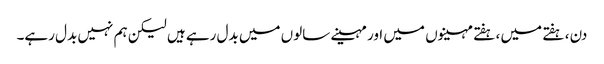
دن ، ہفتے میں ، ہفتے مہینوں میں اور مہینے سالوں میں بدل رہے ہیں لیکن ہم نہیں بدل رہے۔